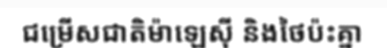
ជម្រើសជាតិម៉ាឡេស៊ី និងថៃប៉ះគ្នា